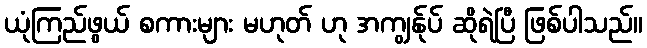
ယုံကြည်ဖွယ် စကားများ မဟုတ် ဟု အကျွန်ုပ် ဆိုရဲပြီ ဖြစ်ပါသည်။